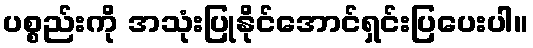
ပစ္စည်းကို အသုံးပြုနိုင်အောင်ရှင်းပြပေးပါ။